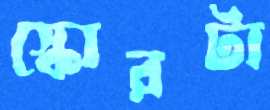
স্কোরটা